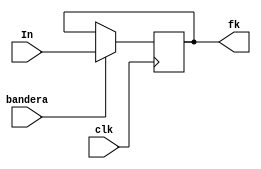
`timescale 1ns / 1ps
//////////////////////////////////////////////////////////////////////////////////
// Company: 
// Engineer: 
// 
// Design Name: 
// Module Name:    Registro_para_despla 
// Project Name: 
// Target Devices: 
// Tool versions: 
// Description: 
//
// Dependencies: 
//
// Revision: 
// Revision 0.01 - File Created
// Additional Comments: 
//
//////////////////////////////////////////////////////////////////////////////////
module Registro_para_despla #(parameter N = 25)(
	input wire signed [2*N-1:0] In,
	output reg signed [2*N-1:0] fk,
	input clk,bandera
    );

initial
begin
fk = 0;
end

	always@(negedge clk)
		begin
			if(bandera)
				fk <= In;
			else
				fk  <= fk;
		end

endmodule